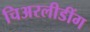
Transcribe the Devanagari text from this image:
चिअरलीडींग